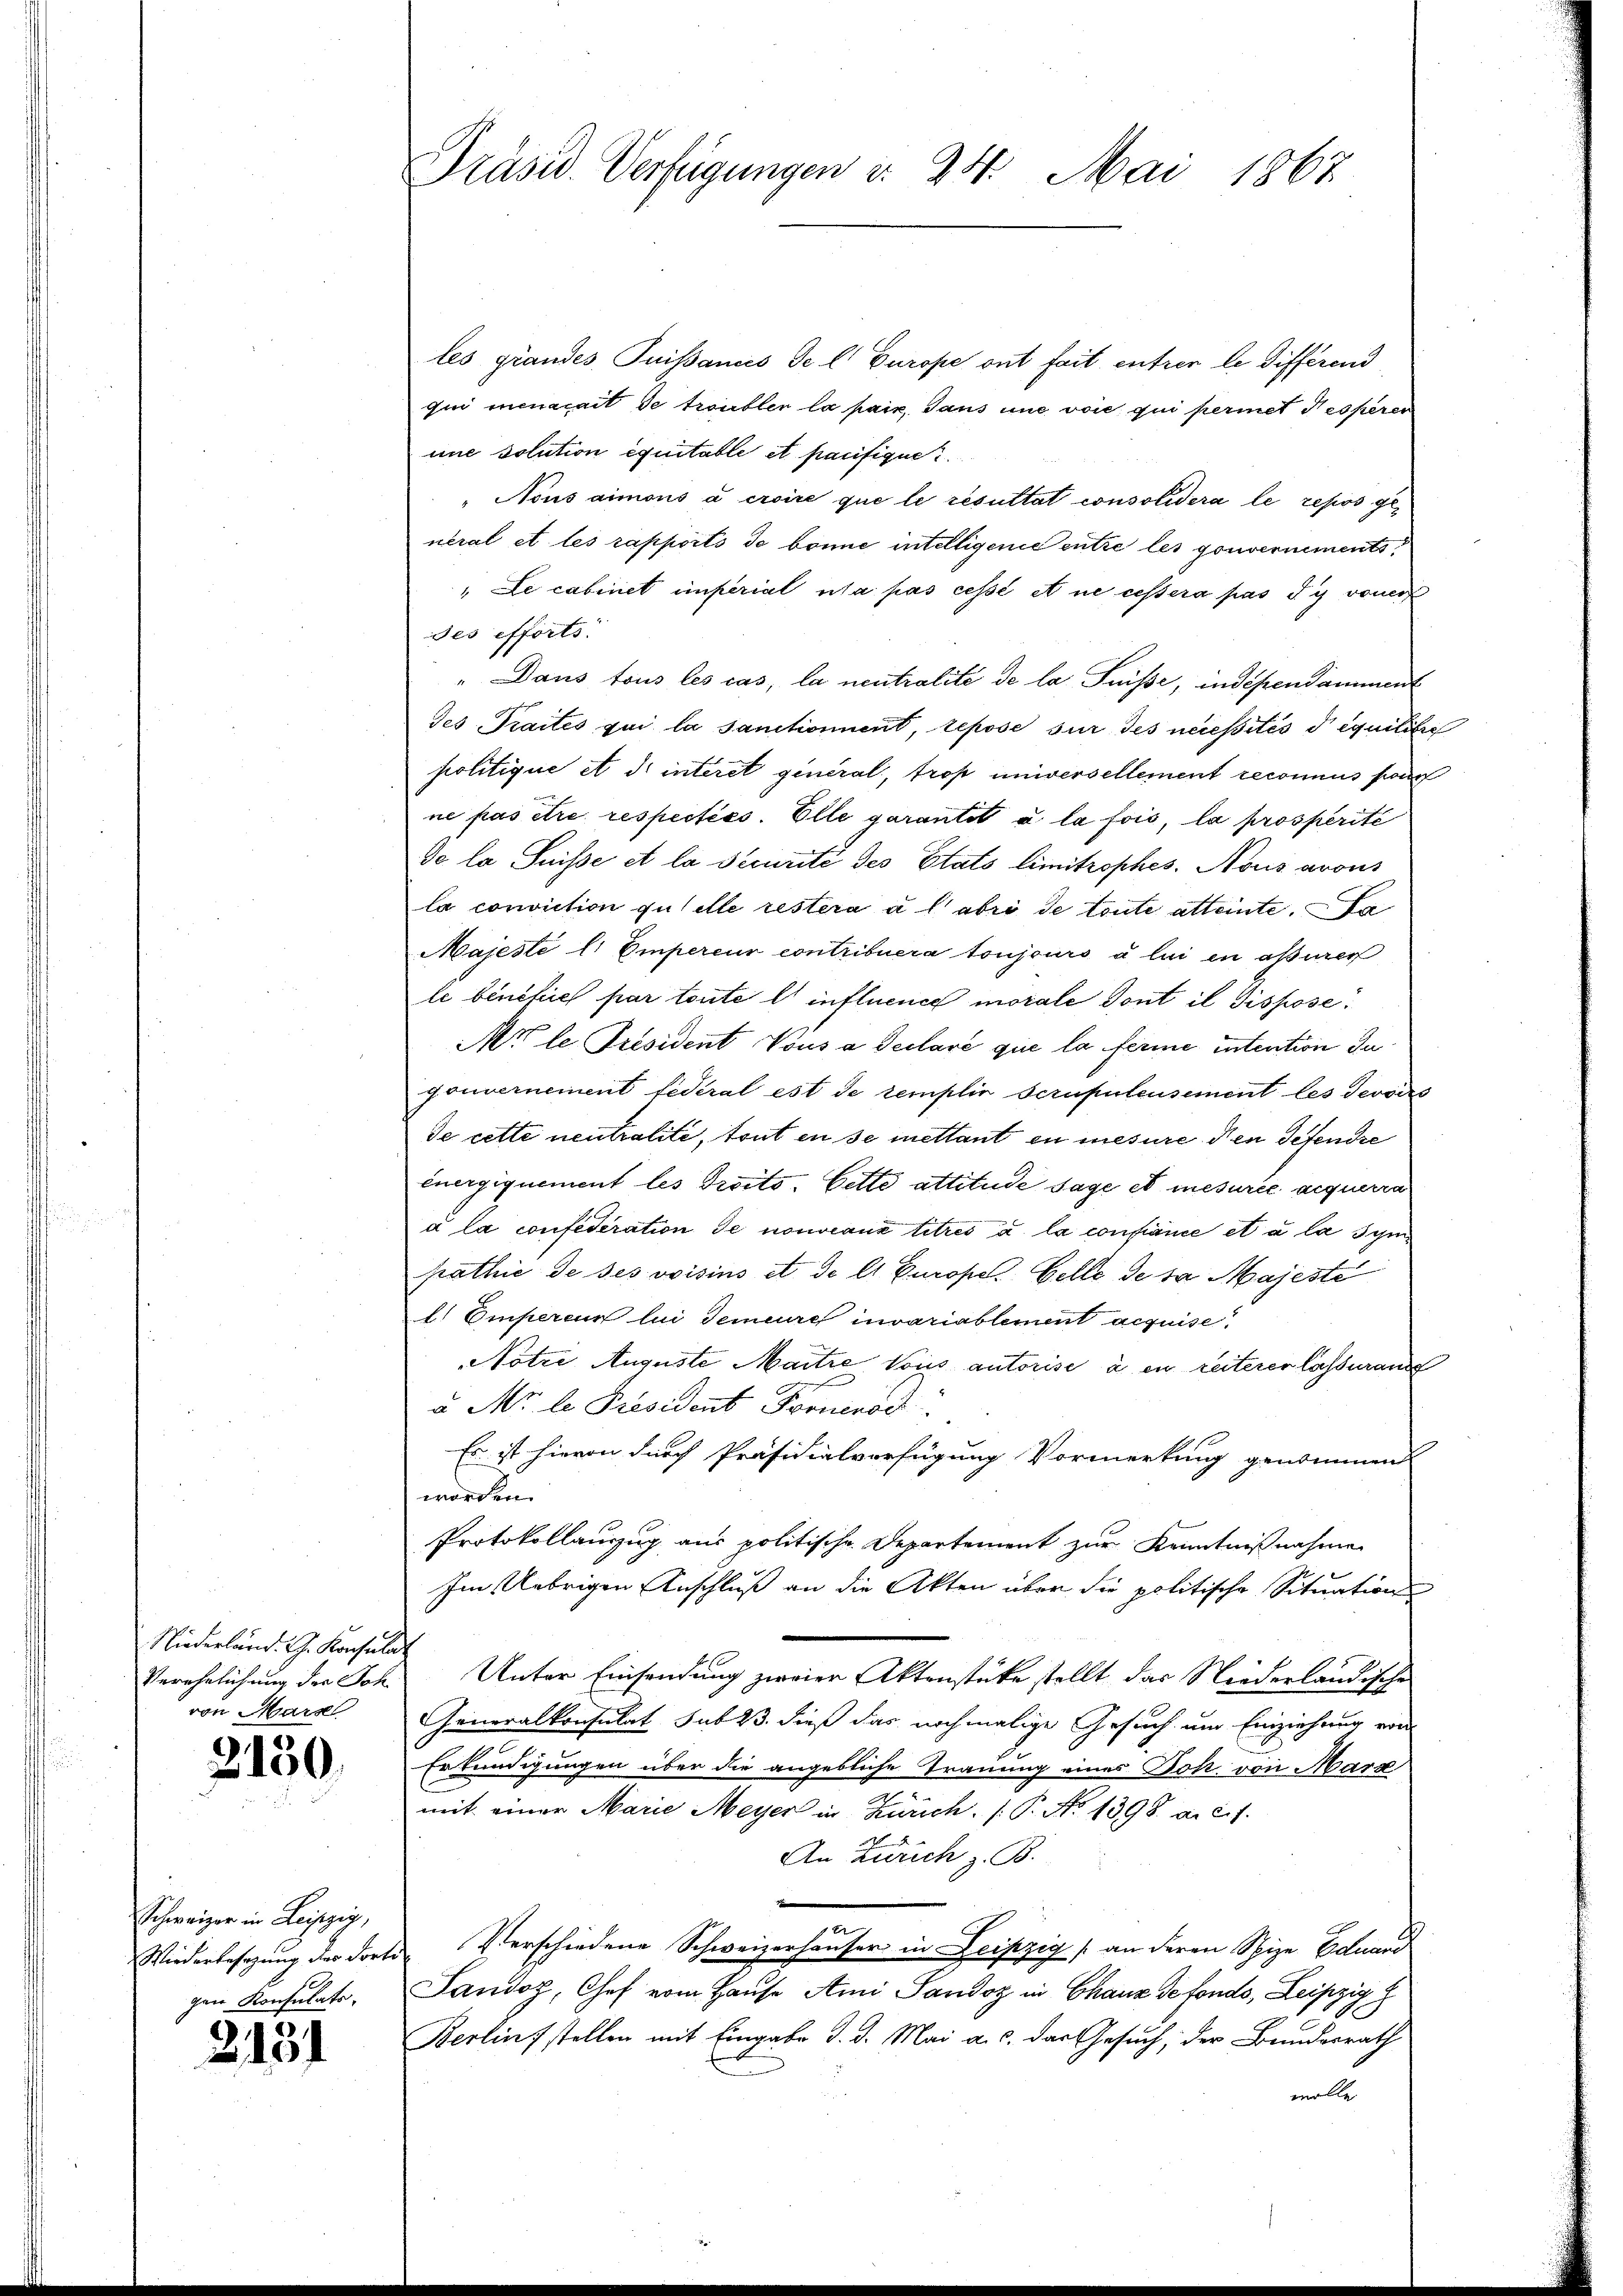
Niederland. G. Konsulat
von Marse

2150.

Schweiger in Leipzig,
gen Konsulats-

2131

Präsid. Verfügungen u. 24. Mai 1867

les grandes Puissances de l. Europe ont fait entrer le differend
qui menacait de troubler la paix, sans une voie qui permet Nesperen
une solution équitable et pacifique
"Nous aimons à croire que le resultat consolidera le repos general et les rapports de bonne intelligenie entre les gouvernements¬
" Le cabinet imperial una pas cessé et ne cessera pas di vonei
des efforts.
" Dans tous les cas, la neutralité de la Füsse, indépendamment
des Traités qui la sanctionnent, repose sur des necessités d equisitio
politique et dr interet general, trop universellement reconnus sein
ne pas être respectées. Elle garantit à la fois, la prosperité
de la Suisse et la decurité des Etats limitrophes Nous avous
la conviction quelle restera a l abri de toute attente. Da
Majeste l. Empereur contribuera toujours à lui en assurer
le bénéfiel par toute einfluence morale dont il dispose
Mi le Président, Vous a declare que la ferme intention In
gonnernement fédéral est de templir scrupuleusement les devoirs
de cette neutralité, tout en se mettant en mesure den Defendre
Energiquement les droits. Cette attitude sage et mesurée acquerra
a la confederation de nouveaux titres a la confiance et à la sympathie de ses voisins et de lt. Europel. Gelle de sa Majeste
l Empercur lui demeure invariablement acquise
Notre Auguste Maitre Vous autorise à en reiterer lassuran
u Mr. le Président Formenod
Es ist hievon durch Präsidialverfügung Vormerkung genommen
worden.
Protokollanzug aus politische Departement zur Kenntnißnahmen
Im Uebrigen Anschluß an die Akten über die politische Situations
Verehrlichung der Joh. Unter Einsendung zweier Aktenstüke stellt das Niederländische
Generalkonsulat subt dieß das nochmalige Gesuch um Einziehung von
2
Erkundigungen über die angebliche Trauung eines Joh. von Marz
mit einer Marie Meyer in Zürich. (T. No 1398. a. c.f
An Zürich z. B.
Wiederbesetzŭng der dorte Verschiedene Schweizerhauser in Leipzig an deren Spize Eduard
Sandoz, Chef vom Hause Ami Sandoz in Chaux de fonds, Leipzig G
Berlinfstellen mit Eingabe d. d. Mai a. c. das Gesuch, der Bundesrath
wolle